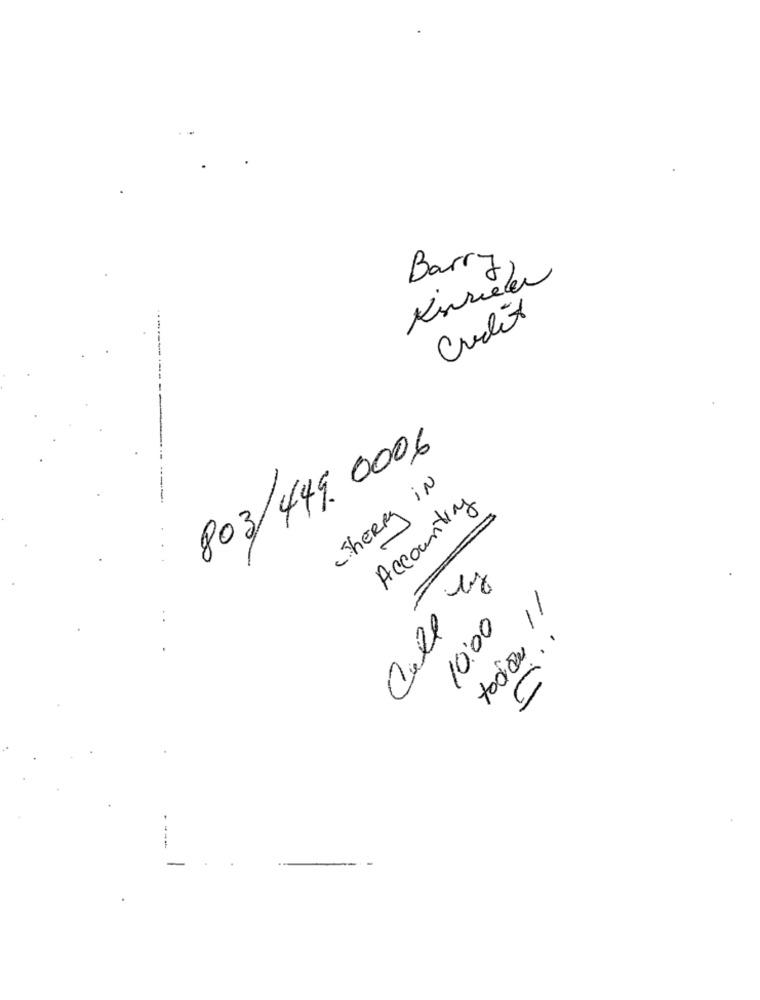
Barry
Kinvielen
Credit
803/449. 0006
-SHERRY iN
Accounting
Call Ty
..
10:00
C
11 meget
----